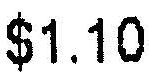
$1.10